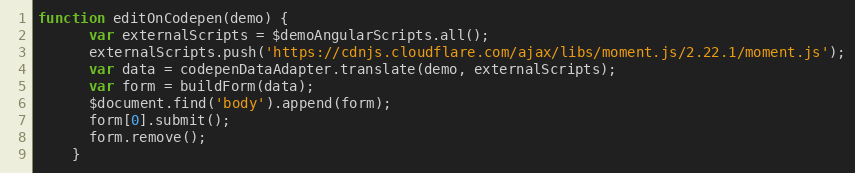
Language: JavaScript
function editOnCodepen(demo) {
      var externalScripts = $demoAngularScripts.all();
      externalScripts.push('https://cdnjs.cloudflare.com/ajax/libs/moment.js/2.22.1/moment.js');
      var data = codepenDataAdapter.translate(demo, externalScripts);
      var form = buildForm(data);
      $document.find('body').append(form);
      form[0].submit();
      form.remove();
    }